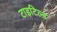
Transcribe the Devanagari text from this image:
टाइटिल्ड